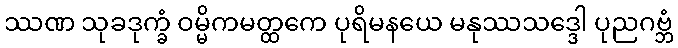
ဿဏ သုခဒုက္ခံ ဝမ္မိကမတ္ထကေ ပုရိမနယေ မနုဿသဒ္ဒေါ ပုညဂဗ္ဘံ